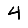
Digit: 4